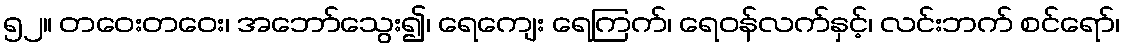
၅၂။ တဝေးတဝေး၊ အဘော်သွေး၍၊ ရေကျေး ရေကြက်၊ ရေဝန်လက်နှင့်၊ လင်းဘက် စင်ရော်၊